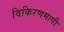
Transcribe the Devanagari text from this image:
विकिरणमापी